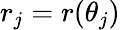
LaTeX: r_{j}=r(\theta_{j})